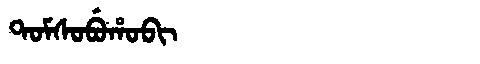
Manchu: ᡨᠣᠮᠰᠣᠪᡠᡥᠣᠪᡳ
Romanization: TOMSOBUHOBI